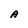
Character: A